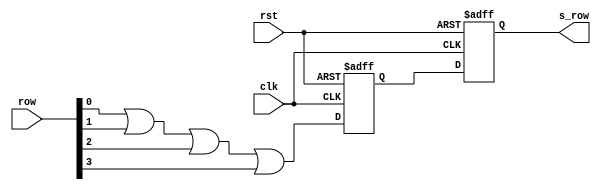
`timescale 1ns / 1ps
//////////////////////////////////////////////////////////////////////////////////
// Company: 
// Engineer: 
// 
// Design Name: 
// Module Name:    synchron_row 
// Project Name: 
// Target Devices: 
// Tool versions: 
// Description: 
//
// Dependencies: 
//
// Revision: 
// Revision 0.01 - File Created
// Additional Comments: 
//
//////////////////////////////////////////////////////////////////////////////////
module synchron_row(
    input [3:0]row,
    input clk,
    input rst,
    output reg s_row
    );
	 reg A_row;
	 
	 always@(negedge clk or posedge rst)
	 begin
	 if(rst)
	 begin
	 A_row <=0;
	 s_row <=0;
	 end
	 
	 else
	 begin
	 A_row <= row[0]||row[1]||row[2]||row[3];
	 s_row <= A_row;
	 end
	 end


endmodule